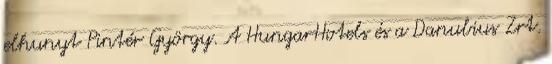
elhunyt Pintér György. A HungarHotels és a Danubius Zrt.